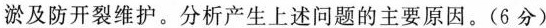
淤及防开裂维护。分析产生上述问题的主要原因。(6分)